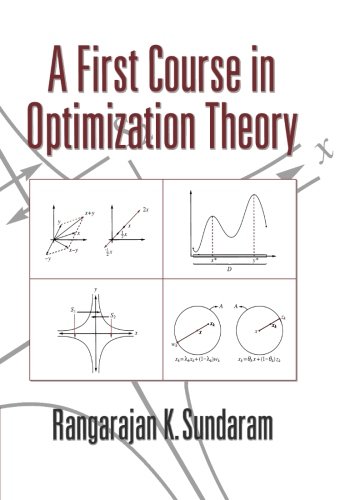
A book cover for A First Course in Optimization Theory; Rangarajan K. Sundaram; Science & Math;